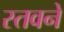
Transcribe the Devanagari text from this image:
स्तवने